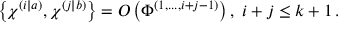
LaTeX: \left\{ \chi ^ { \left( i | a \right) } , \chi ^ { \left( j | b \right) } \right\} = O \left( \Phi ^ { \left( 1 , . . . , i + j - 1 \right) } \right) , \; i + j \leq k + 1 \, .